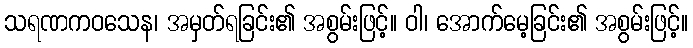
သရဏကဝသေန၊ အမှတ်ရခြင်း၏ အစွမ်းဖြင့်။ ဝါ၊ အောက်မေ့ခြင်း၏ အစွမ်းဖြင့်။